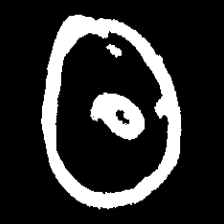
Pyu character \u2014 Myanmar letter: ထ (romanized: tha)